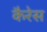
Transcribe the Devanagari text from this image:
कैरेस